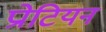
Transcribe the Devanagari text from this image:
प्रोटियन